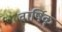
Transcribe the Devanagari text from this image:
वार्षिक्